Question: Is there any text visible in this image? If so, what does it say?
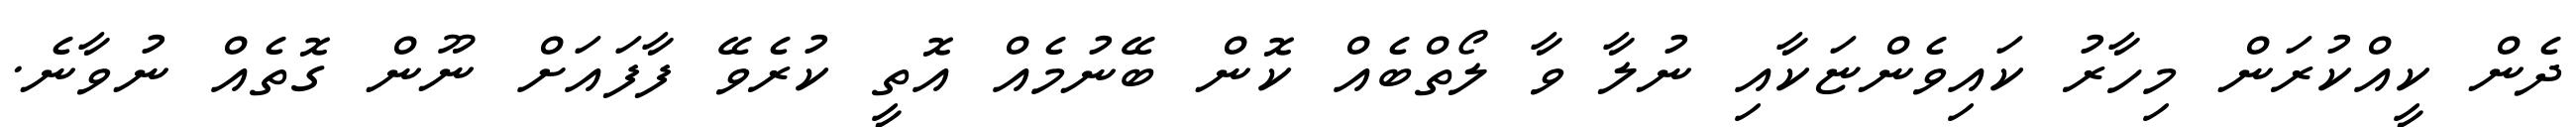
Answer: ދެން ކީއްކުރަން މިހާރު ކައިވެންޏަކާއި ނުލާ ވާ ލޯތްބެއް ކޮން ބޭނުމެއް އޮތީ ކުރެވޭ ފާފައަށް ނޫން ގޮތެއް ނުވާނެ.